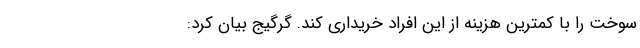
سوخت را با کمترین هزینه از این افراد خریداری کند. گرگیج بیان کرد: